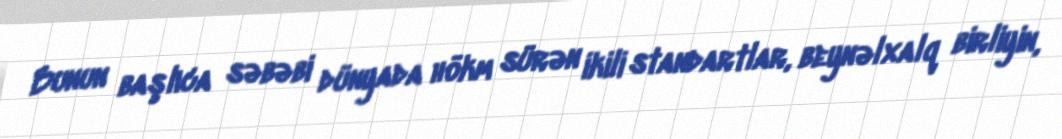
Bunun başlıca səbəbi dünyada hökm sürən ikili standartlar, beynəlxalq birliyin,